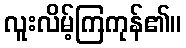
လူးလိမ့်ကြကုန်၏။